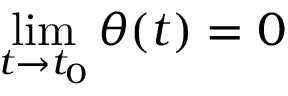
\operatorname* { l i m } _ { t \rightarrow t _ { 0 } } \theta ( t ) = 0